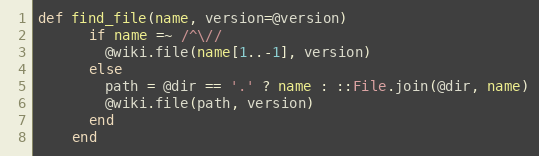
Language: Ruby
def find_file(name, version=@version)
      if name =~ /^\//
        @wiki.file(name[1..-1], version)
      else
        path = @dir == '.' ? name : ::File.join(@dir, name)
        @wiki.file(path, version)
      end
    end